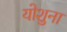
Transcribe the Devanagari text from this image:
योशुना